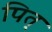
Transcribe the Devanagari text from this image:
पित्‌